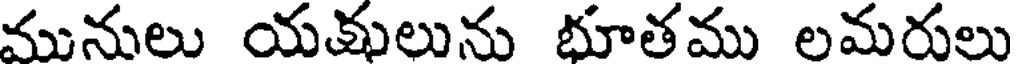
మునులు యకులును భూతము లమరులు